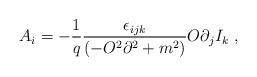
LaTeX: \begin{align*}A_{i}=-\frac{1}{q}\frac{\epsilon _{ijk}}{\left( -O^{2}\partial^{2}+m^{2}\right) }O\partial _{j}I_{k}\;, \end{align*}